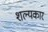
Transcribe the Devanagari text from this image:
शल्यकार